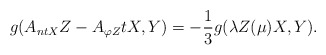
\begin{align*}g(A_{ntX}Z-A_{\varphi Z}tX,Y)=-\frac{1}{3}g(\lambda Z(\mu)X,Y).\end{align*}